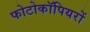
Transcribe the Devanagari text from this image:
फोटोकॉपियरों